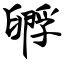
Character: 孵